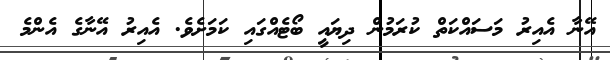
އޭނާ އެއިރު މަސައްކަތް ކުރަމުން ދިޔައީ ބޯޓެއްގައި ކަަމަށެވެ. އެއިރު އޭނާގެ އެންމެ